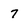
Character: 7